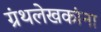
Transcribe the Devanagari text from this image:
ग्रंथलेखकांना